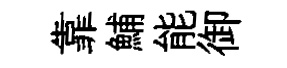
靠鯆能御